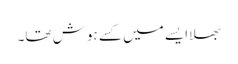
بھلا ایسے میں کسے ہوش تھا۔